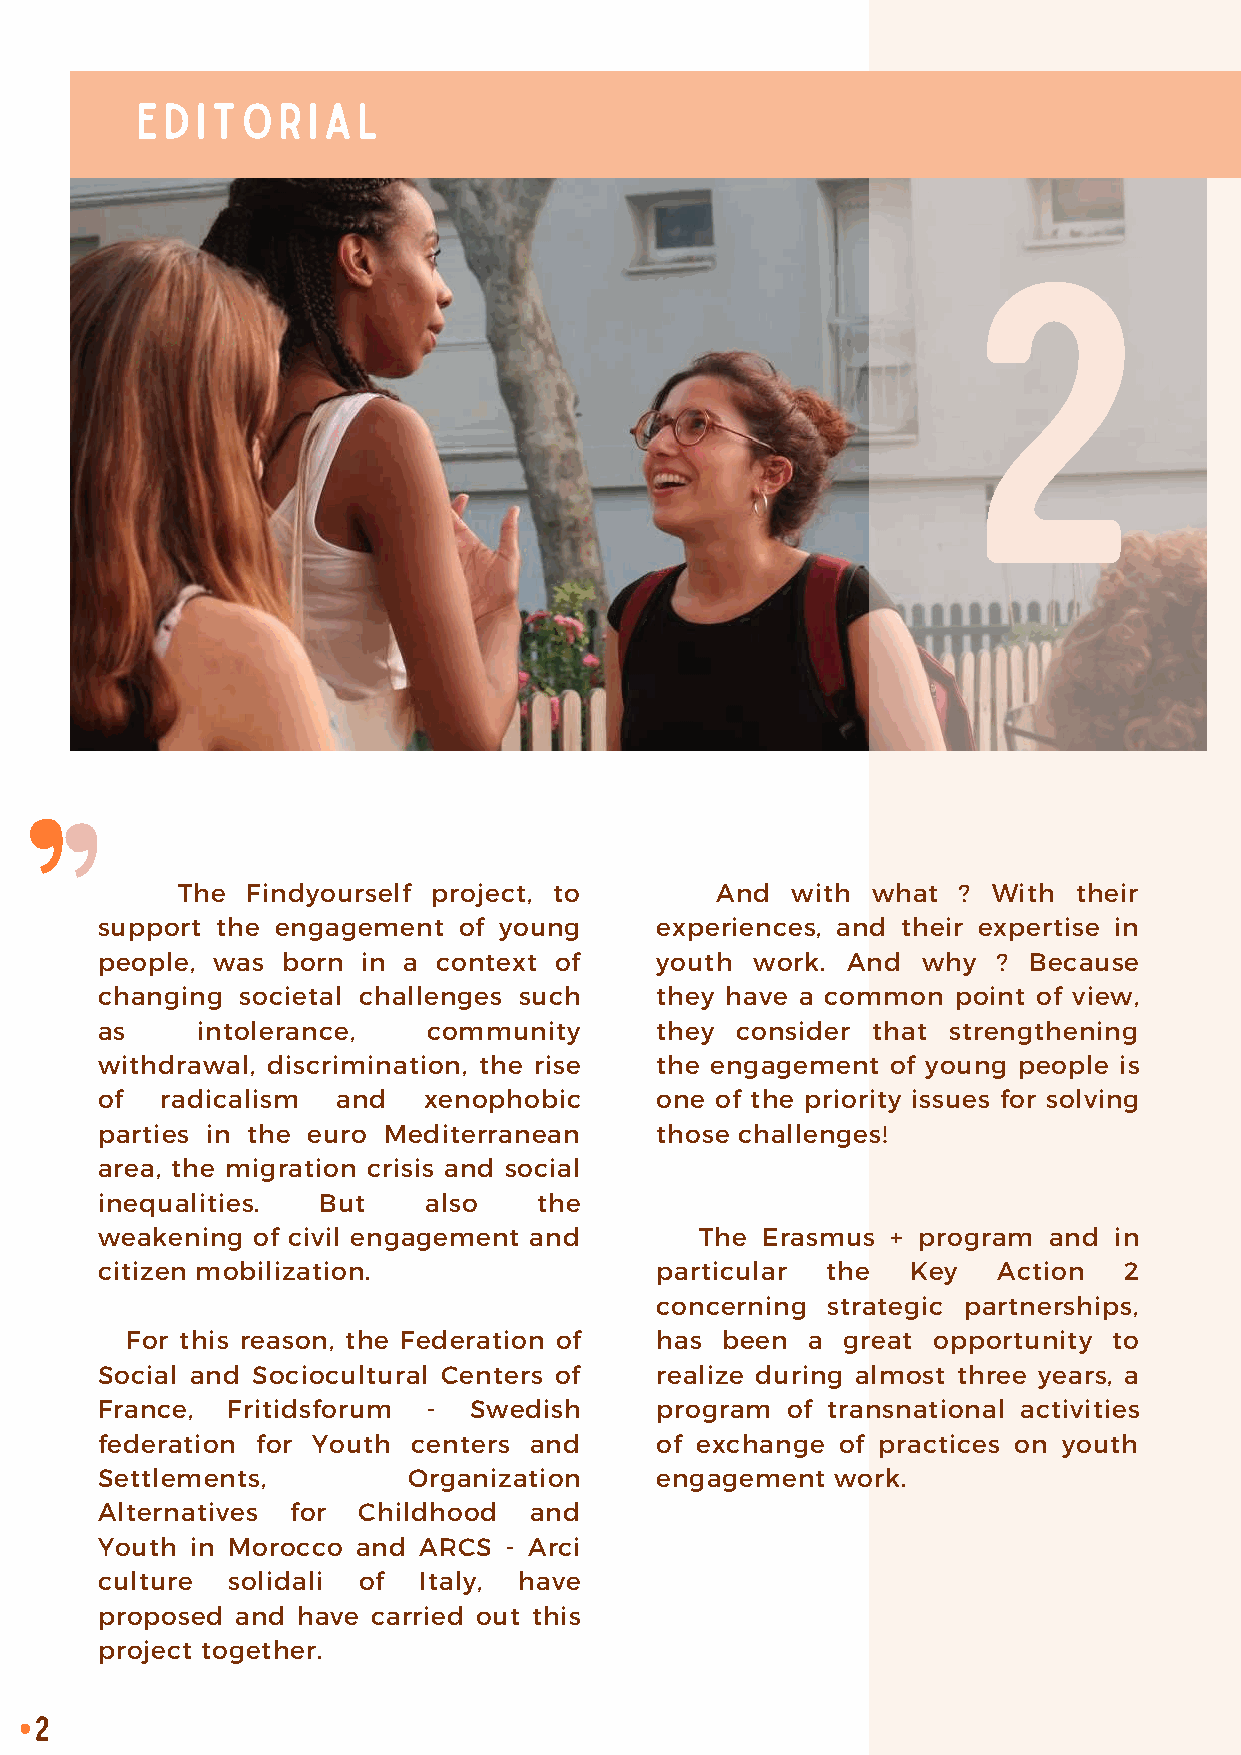
EDITORIAL
 2
 The Findyourself project, to       And  with  what  ? With their
 support the engagement  of young     experiences, and their expertise in
 people, was  born in a context of    youth  work. And  why  ? Because
 changing  societal challenges such   they have a common  point of view,
 as     intolerance,   community      they  consider that strengthening
 withdrawal, discrimination, the rise the engagement  of young people is
 of   radicalism and   xenophobic     one of the priority issues for solving
 parties in the euro Mediterranean    those challenges!
 area, the migration crisis and social
 inequalities.  But    also    the
 weakening  of civil engagement and      The Erasmus  + program and  in
 citizen mobilization.                particular  the  Key   Action  2
 concerning  strategic partnerships,
 For this reason, the Federation of has  been a  great opportunity to
 Social and Sociocultural Centers of  realize during almost three years, a
 France,  Fritidsforum -  Swedish     program  of transnational activities
 federation for Youth centers and     of exchange  of practices on youth
 Settlements,         Organization    engagement  work.
 Alternatives for  Childhood  and
 Youth  in Morocco and ARCS - Arci
 culture  solidali of  Italy, have
 proposed  and have carried out this
 project together.
 2
 •